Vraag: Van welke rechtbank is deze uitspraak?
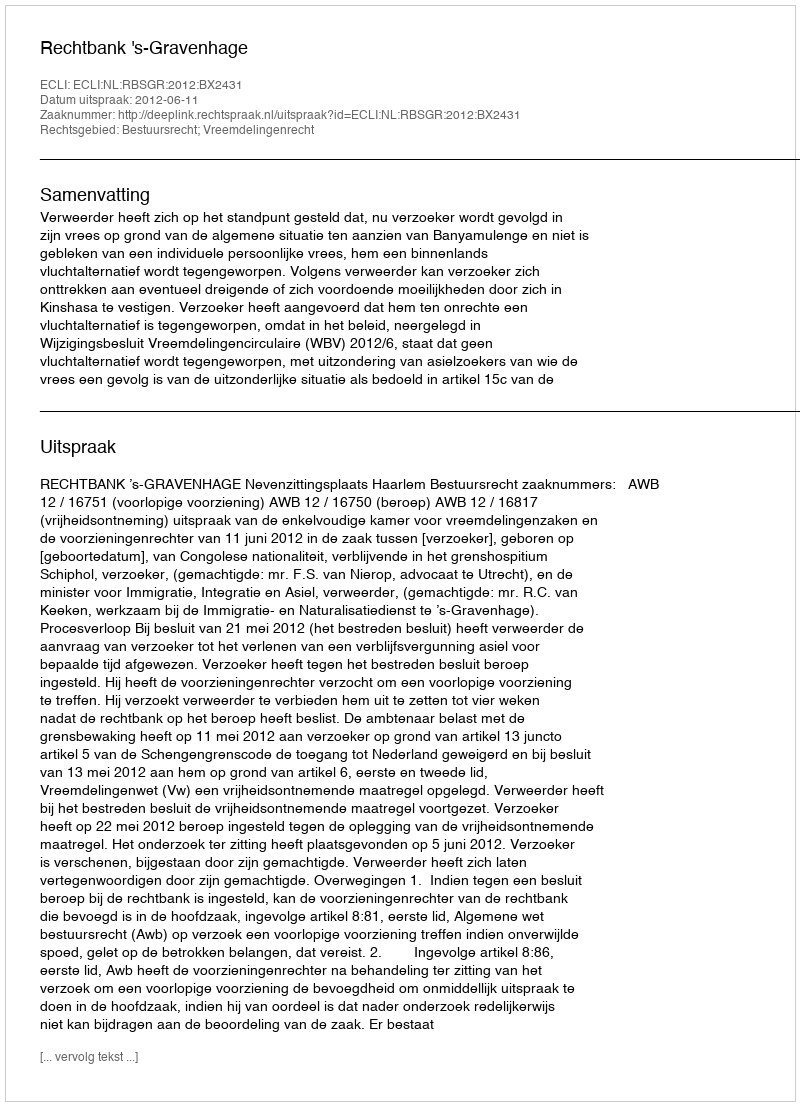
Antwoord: Rechtbank 's-Gravenhage